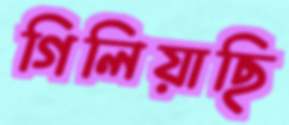
গিলিয়াছি